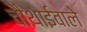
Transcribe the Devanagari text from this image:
चौथाईवाले